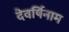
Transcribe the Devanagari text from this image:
देवर्षिनाम